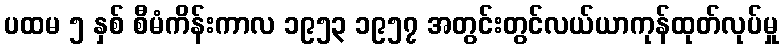
ပထမ ၅ နှစ် စီမံကိန်းကာလ ၁၉၅၃ ၁၉၅၇ အတွင်းတွင်လယ်ယာကုန်ထုတ်လုပ်မှု